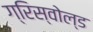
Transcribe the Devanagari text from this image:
ग्रिस्वोल्ड